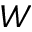
W